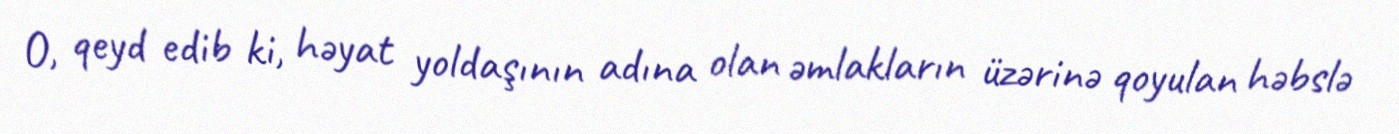
O, qeyd edib ki, həyat yoldaşının adına olan əmlakların üzərinə qoyulan həbslə